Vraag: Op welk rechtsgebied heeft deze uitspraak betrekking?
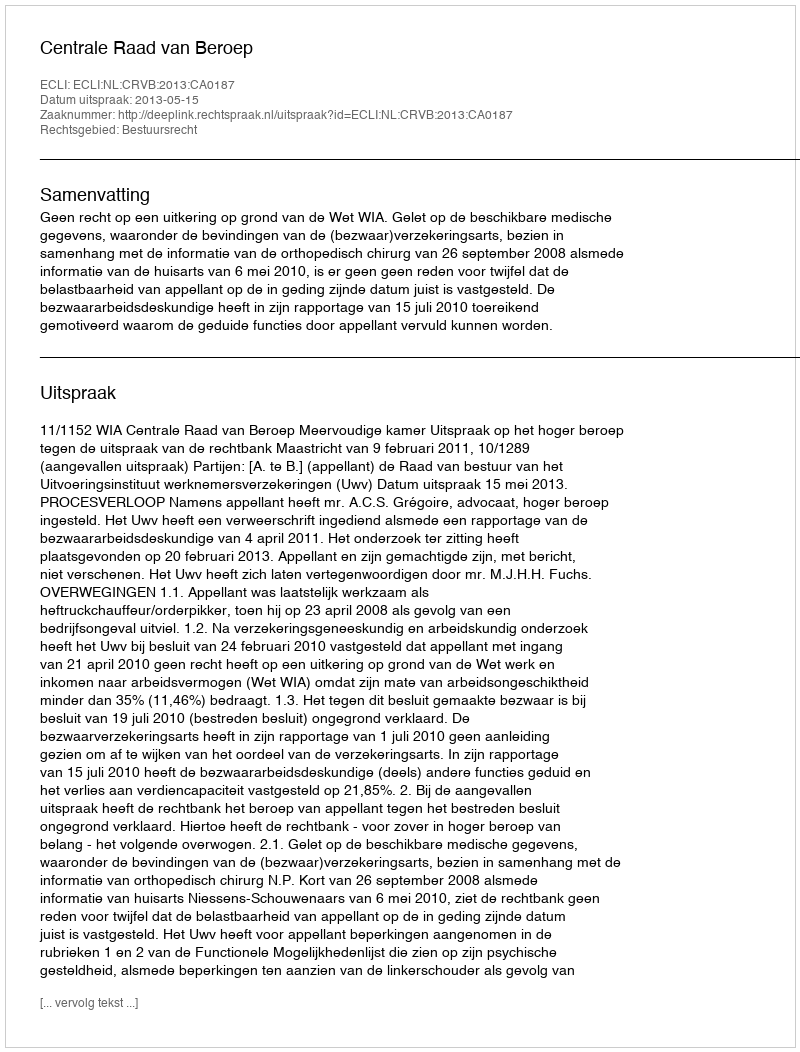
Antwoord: Bestuursrecht